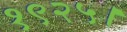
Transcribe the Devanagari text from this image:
१९२५।